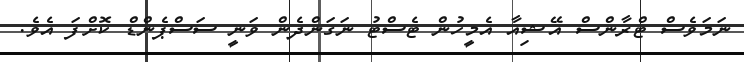
ނަމަވެސް ޓްރާންސް އޭޝިއާ އެމީހުން ޓެސްޓު ނަގަންދެން ވަނީ ސަސްޕެންޑް ކޮށްފަ އެވެ.